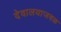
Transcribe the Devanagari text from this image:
देवालयाजवळ